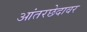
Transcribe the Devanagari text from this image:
आंतरछेदावर